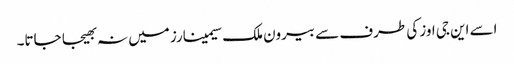
اسے این جی اوز کی طرف سے بیرون ملک سیمینارز میں نہ بھیجا جاتا۔